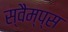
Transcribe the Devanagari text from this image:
स्वैम्प्स